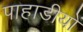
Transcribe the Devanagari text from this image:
पाहाडीयों